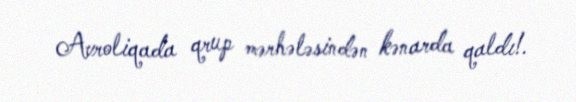
Avroliqada qrup mərhələsindən kənarda qaldı!.